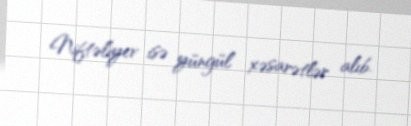
Niftəliyev isə yüngül xəsarətlər alıb.